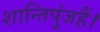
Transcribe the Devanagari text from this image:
शान्तिपुंजहैं।